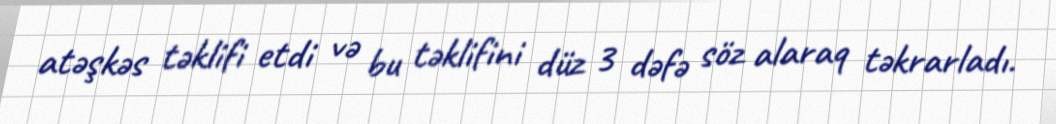
atəşkəs təklifi etdi və bu təklifini düz 3 dəfə söz alaraq təkrarladı.